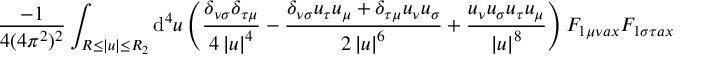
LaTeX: \frac { - 1 } { 4 ( 4 \pi ^ { 2 } ) ^ { 2 } } \int _ { R \leq \left| u \right| \leq R _ { 2 } } \mathrm { d } ^ { 4 } u \left( \frac { \delta _ { \nu \sigma } \delta _ { \tau \mu } } { 4 \left| u \right| ^ { 4 } } - \frac { \delta _ { \nu \sigma } u _ { \tau } u _ { \mu } + \delta _ { \tau \mu } u _ { \nu } u _ { \sigma } } { 2 \left| u \right| ^ { 6 } } + \frac { u _ { \nu } u _ { \sigma } u _ { \tau } u _ { \mu } } { \left| u \right| ^ { 8 } } \right) F _ { 1 \mu \nu a x } F _ { 1 \sigma \tau a x }